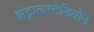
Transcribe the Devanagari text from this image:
झेंट्रालस्टेडियोन